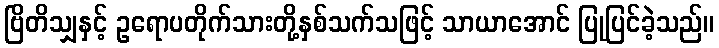
ဗြိတိသျှနှင့် ဥရောပတိုက်သားတို့နှစ်သက်သဖြင့် သာယာအောင် ပြုပြင်ခဲ့သည်။